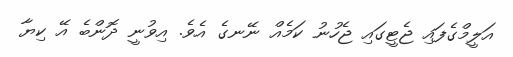
އަލީމްގެފައި ޖެޓީގައި ޖެހުނު ކަމެއް ނޭނގެ އެވެ. އިވުނީ ދޮންބެ އޭ ކިޔާ